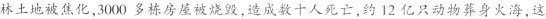
林土地被焦化，3000多栋房屋被烧毁，造成数十人死亡，约12亿只动物葬身火海，这